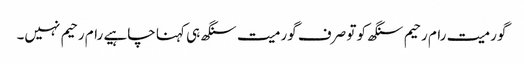
گورمیت رام رحیم سنگھ کو تو صرف گورمیت سنگھ ہی کہنا چاہیے رام رحیم نہیں۔